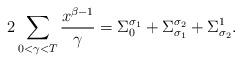
LaTeX: \begin{align*} 2 \sum_{0<\gamma < T} \frac{x^{\beta-1}}{\gamma}=\Sigma_{0}^{\sigma_1}+\Sigma_{\sigma_1}^{\sigma_2}+\Sigma_{\sigma_2}^1.\end{align*}